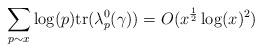
LaTeX: \begin{align*}\sum_{\substack{ p\sim x \\ }} \log(p) \mathrm{tr}(\lambda_p^0(\gamma)) = O(x^{\frac{1}{2}} \log( x )^2)\end{align*}